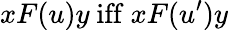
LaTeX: xF(u)y{\mathrm{~iff~}}xF(u^{\prime})y